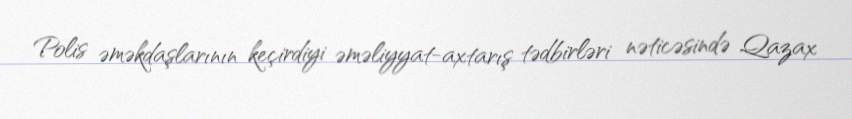
Polis əməkdaşlarının keçirdiyi əməliyyat-axtarış tədbirləri nəticəsində Qazax